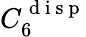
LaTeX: C_{6}^{\mathrm{~d~i~s~p~}}